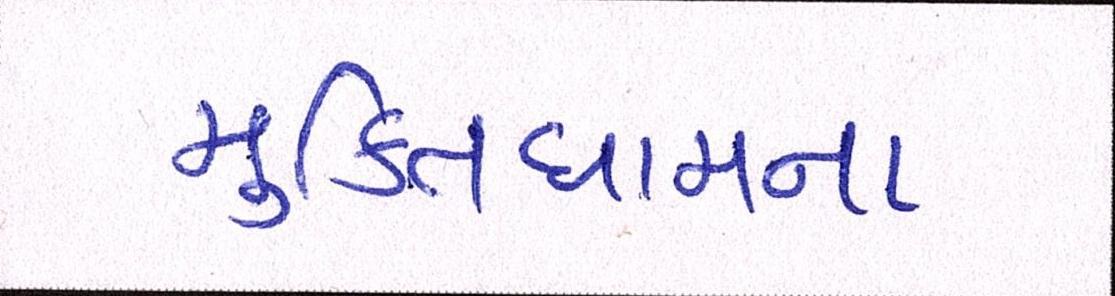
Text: મુકિતધામના